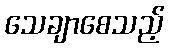
သေချာစေသည့်